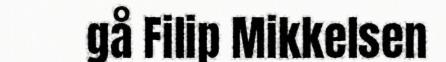
gå Filip Mikkelsen